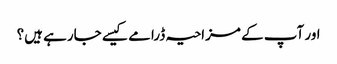
اور آپ کے مزاحیہ ڈرامے کیسے جارہے ہیں؟